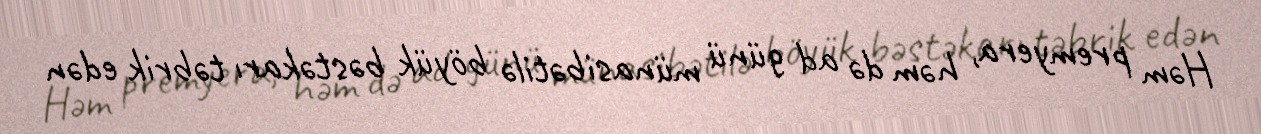
Həm premyera, həm də ad günü münasibətilə böyük bəstəkarı təbrik edən